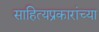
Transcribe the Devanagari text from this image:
साहित्यप्रकारांच्या